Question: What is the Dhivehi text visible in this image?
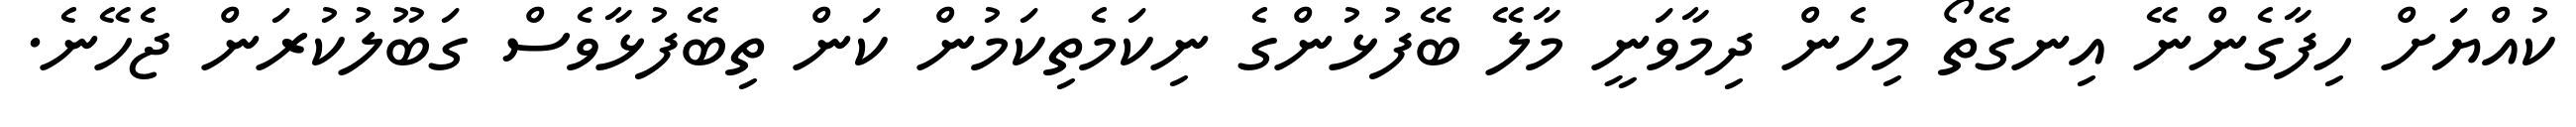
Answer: ކުއްޔަށް ހިފާގެންނޭ އިނގޭތޯ މިހެން ދިމާވަނީ މާލޭ ބޭފުޅުންގެ ނިކަމެތިކަމުން ކަން ތިބޭފުޅާވެސް ގަބޫލުކުރަން ޖެހޭނެ.